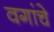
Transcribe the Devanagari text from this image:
वगांचे